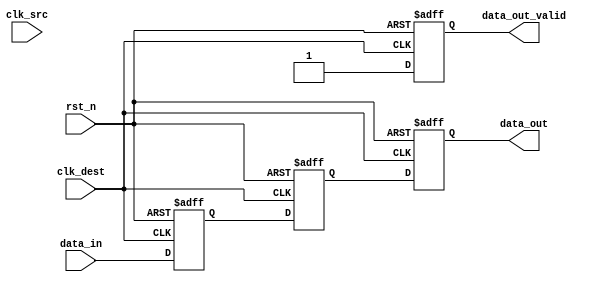
module memory_blocks_pipeline_synchronizer #(
    parameter DATA_WIDTH = 8, // Parameter for data width
    parameter STAGES = 2       // Number of pipeline stages
)(
    input wire [DATA_WIDTH-1:0] data_in,       // Input data
    input wire clk_src,                          // Source clock
    input wire clk_dest,                         // Destination clock
    input wire rst_n,                           // Asynchronous reset (active low)
    output reg [DATA_WIDTH-1:0] data_out,      // Synchronized output data
    output reg data_out_valid                    // Output valid signal
);

    // Pipeline registers
    reg [DATA_WIDTH-1:0] sync_reg [0:STAGES-1]; // Array of registers for pipeline stages
    integer i;

    // Asynchronous reset and pipeline synchronization
    always @(posedge clk_dest or negedge rst_n) begin
        if (!rst_n) begin
            // Reset all pipeline registers and output valid signal
            for (i = 0; i < STAGES; i = i + 1) begin
                sync_reg[i] <= {DATA_WIDTH{1'b0}};
            end
            data_out <= {DATA_WIDTH{1'b0}};
            data_out_valid <= 1'b0;
        end else begin
            // Shift the input data through the pipeline stages
            sync_reg[0] <= data_in; // Capture input data
            for (i = 1; i < STAGES; i = i + 1) begin
                sync_reg[i] <= sync_reg[i-1]; // Shift data through pipeline
            end
            data_out <= sync_reg[STAGES-1]; // Output the last stage data
            data_out_valid <= 1'b1; // Indicate that output data is valid
        end
    end

endmodule